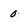
Character: 0